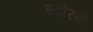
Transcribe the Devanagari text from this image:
स्टोरबो